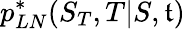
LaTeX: p_{LN}^{*}(S_{T},T|S,\mathfrak{t})